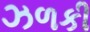
ઝળકી